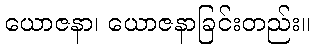
ယောဇနာ၊ ယောဇနာခြင်းတည်း။